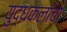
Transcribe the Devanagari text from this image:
युद्धकलांचा